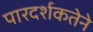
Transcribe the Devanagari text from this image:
पारदर्शकतेने